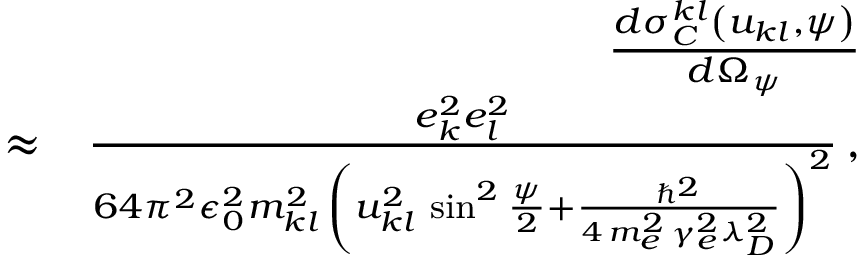
\begin{array} { r l r } & { } & { \frac { d \sigma _ { C } ^ { k l } \left( u _ { k l } , \psi \right) } { d \Omega _ { \psi } } } \\ & { \approx } & { \frac { e _ { k } ^ { 2 } e _ { l } ^ { 2 } } { 6 4 \pi ^ { 2 } \epsilon _ { 0 } ^ { 2 } m _ { k l } ^ { 2 } \, \left( u _ { k l } ^ { 2 } \, \sin ^ { 2 } \frac { \psi } { 2 } + \frac { \hbar ^ { 2 } } { 4 \, m _ { e } ^ { 2 } \, \gamma _ { e } ^ { 2 } \lambda _ { D } ^ { 2 } } \right) ^ { 2 } } \, , } \end{array}